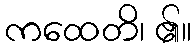
ကထေတိ၊ ၏။